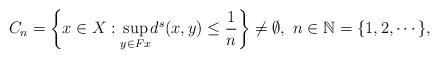
LaTeX: \begin{align*} C_n=\left\lbrace x \in X: \underset{y\in Fx}{\sup} d^s(x,y)\leq \frac{1}{n} \right\rbrace \neq\emptyset, \ n\in \mathbb{N}=\{1,2,\cdots\},\end{align*}